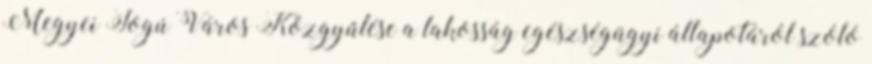
Megyei Jogú Város Közgyűlése a lakosság egészségügyi állapotáról szóló